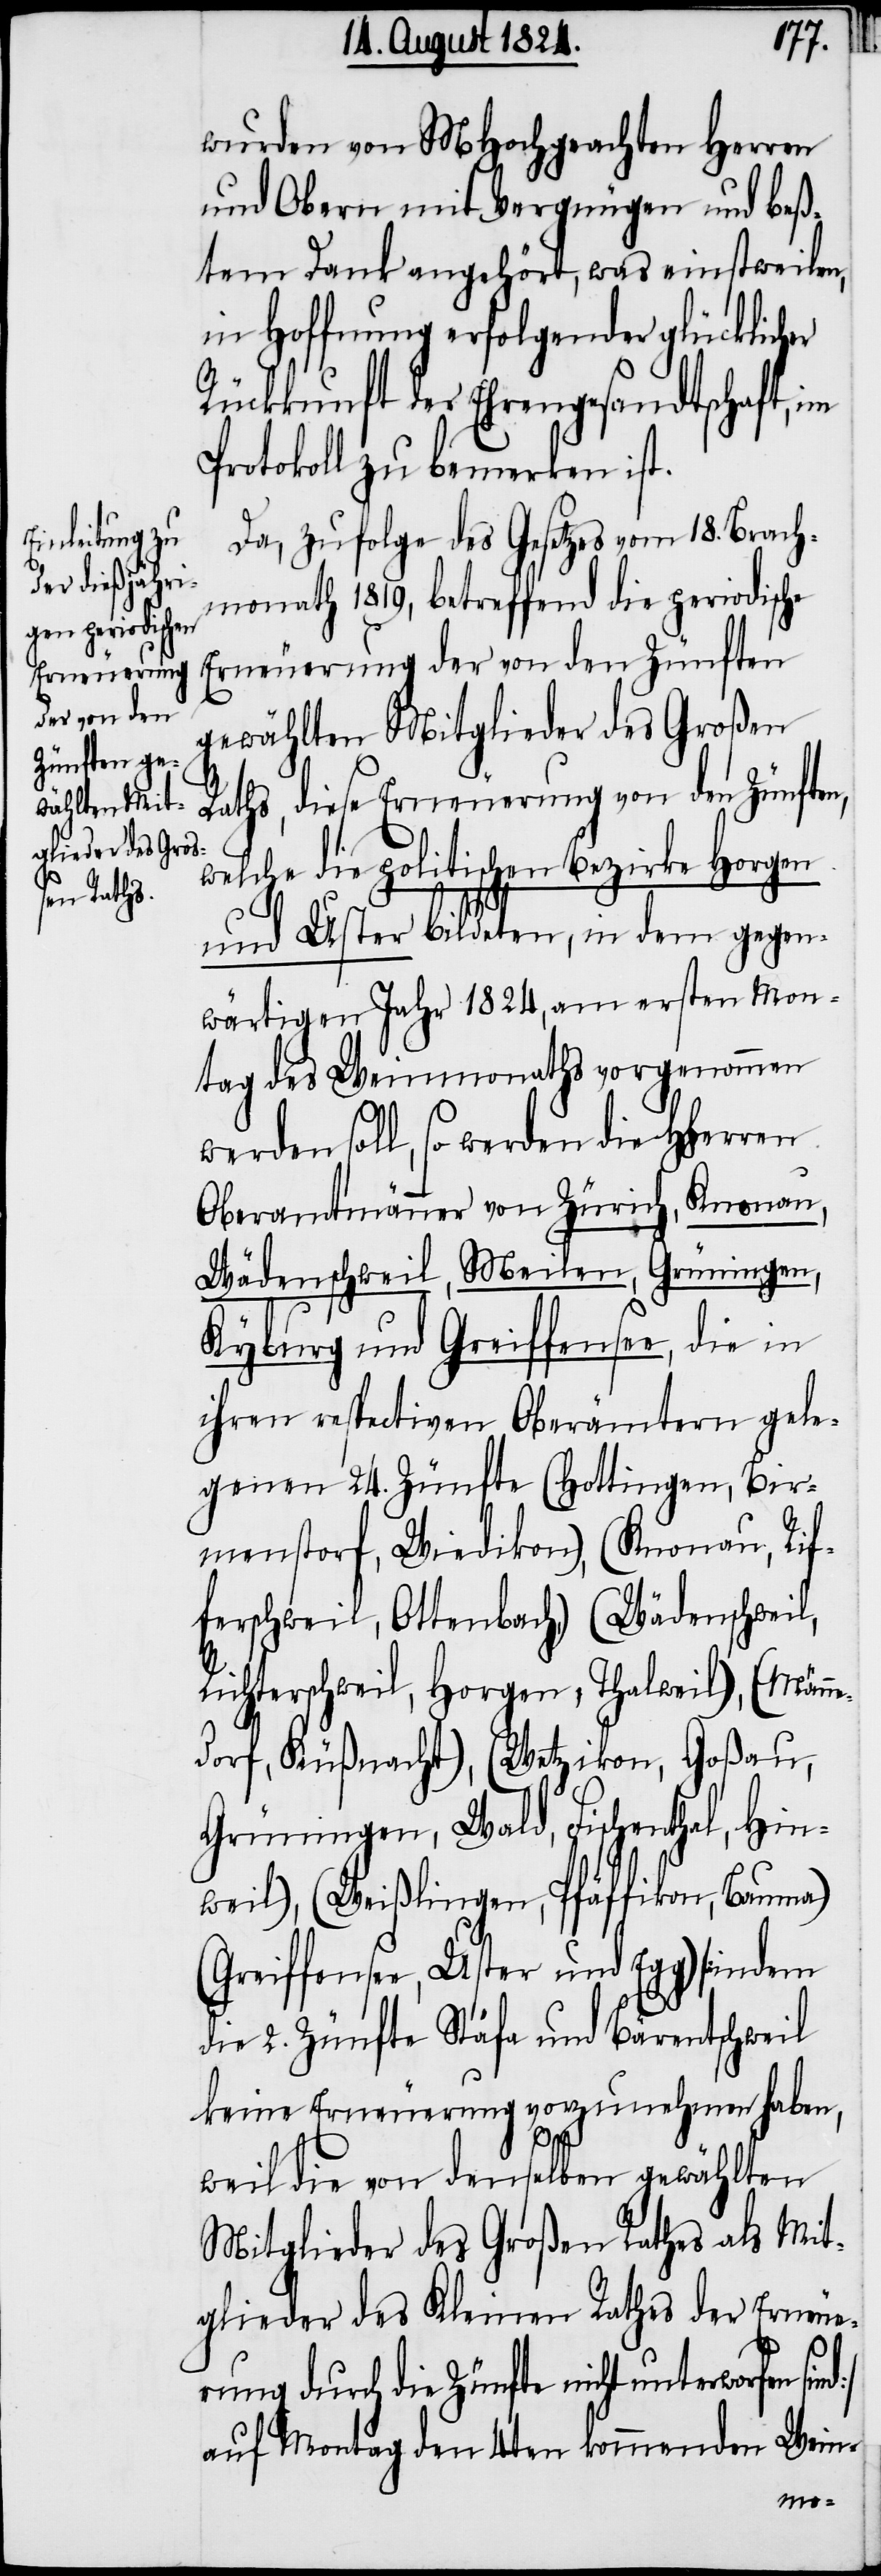
wurden von MHochgeachten Herren
und Obern mit Vergnügen und beß¬
tem Dank angehört, was einstweilen,
in Hoffnung erfolgender glücklicher
Rückkunft der Ehrengesandtschaft, im
Protokoll zu bemerken ist.
Da, zufolge des Gesetzes vom 18. Brach¬
monath 1819, betreffend die periodische
Erneuerung der von den Zünften
gewählten Mitglieder des großen
Raths, diese Erneuerung von den Zünften,
welche die politischen Bezirke Horgen
und Uster bildeten, in dem gegen¬
wärtigen Jahr 1824, am ersten Mon¬
tag des Weinmonaths vorgenommen
werden soll, so werden die HHerren
Oberamtmänner von Zürich, Knonau,
Wädenschweil, Meilen, Grüningen,
Kyburg und Greiffensee, die in
ihren respectiven Oberämtern gele¬
genen 24. Zünfte (Hottingen, Bir¬
menstorf, Wiedikon), (Knonau, R¬
ifferschweil, Horgen, Thalweil), (Männe¬
dorf, Küßnacht), (Wetzikon, Goßau,
Grüningen, Wald, Fischenthal, Hin¬
weil), (Weißlingen, Pfäffikon, Bauma)
(Greiffensee, Uster und Egg) [inden
die 2. Zünfte Stäfa und Bärentschweil
keine Erneuerung vorzunehmen haben,
d]
weil die von denselben gewählten
Mitglieder des Großen Raths als Mit¬
glieder des Kleinen Raths der Erneue¬
rung durch die Zünfte nicht unterworfen sin¬
auf Montag den 4ten kommenden Wein-